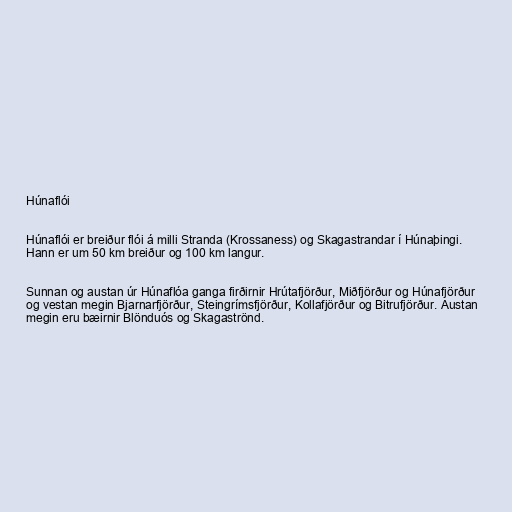
Húnaflói

Húnaflói er breiður flói á milli Stranda (Krossaness) og Skagastrandar í Húnaþingi.
Hann er um 50 km breiður og 100 km langur.

Sunnan og austan úr Húnaflóa ganga firðirnir Hrútafjörður, Miðfjörður og Húnafjörður
og vestan megin Bjarnarfjörður, Steingrímsfjörður, Kollafjörður og Bitrufjörður. Austan
megin eru bæirnir Blönduós og Skagaströnd.